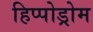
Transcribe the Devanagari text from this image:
हिप्पोड्रोम